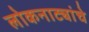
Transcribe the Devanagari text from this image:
लोकनाट्यांचे